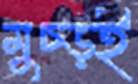
মুচ্‌ড়ই